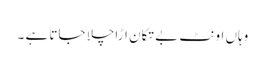
وہاں اونٹ بے تکان اڑاچلا جاتا ہے ۔